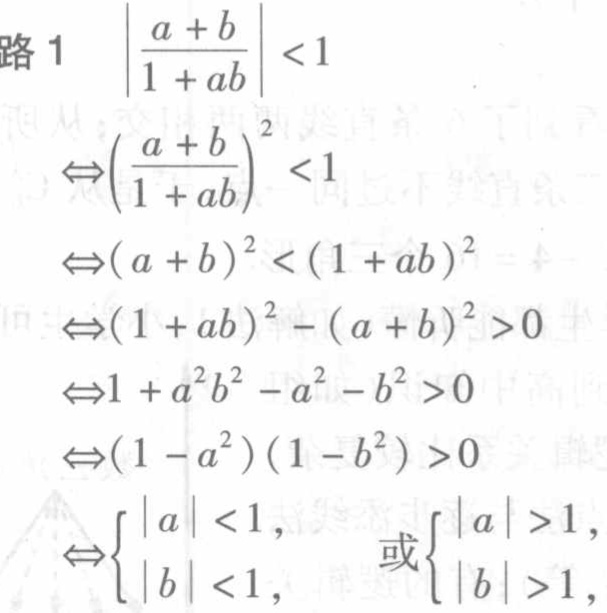
\[
\begin{align*}
&\left|\frac{a + b}{1 + ab}\right| < 1\\
\Leftrightarrow&\left(\frac{a + b}{1 + ab}\right)^2 < 1\\
\Leftrightarrow&(a + b)^2 < (1 + ab)^2\\
\Leftrightarrow&(1 + ab)^2 - (a + b)^2 > 0\\
\Leftrightarrow&1 + a^2b^2 - a^2 - b^2 > 0\\
\Leftrightarrow&(1 - a^2)(1 - b^2) > 0\\
\Leftrightarrow&(1 - a^2)(1 - b^2) > 0\\
\Leftrightarrow&\begin{cases}
|a| < 1,\\
|b| < 1,
\end{cases} \text{或} \begin{cases}
|a| > 1,\\
|b| > 1,
\end{cases}
\end{align*}
\]